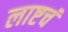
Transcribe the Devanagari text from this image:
लाष्टचं